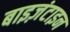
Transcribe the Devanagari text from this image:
बाइज़ंटाइन